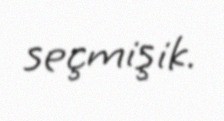
seçmişik.